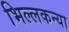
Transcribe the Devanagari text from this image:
भिल्लकन्या